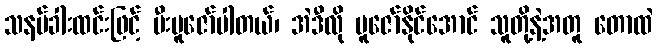
သနပ်ခါးထင်းဖြင့် မီးပူဇော်ပါတယ်၊ အဲဒီလို ပူဇော်နိုင်အောင် သူတို့နဲ့အတူ တောထဲ